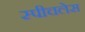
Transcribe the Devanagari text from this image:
स्‍पीचलेस